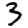
Digit: 3